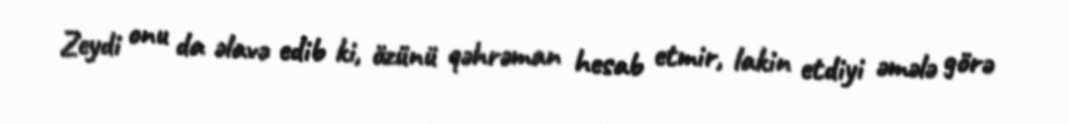
Zeydi onu da əlavə edib ki, özünü qəhrəman hesab etmir, lakin etdiyi əmələ görə